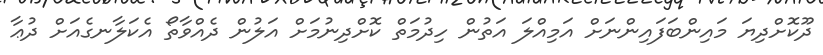
ދޫކޮށްދިޔަ މައިންބަފައިންނަށް އަމިއްލަ އަތުން ހިދުމަތް ކޮށްދިނުމަށް އަލުން ދެއްވާތޯ އެކަލާނގެއަށް ދުޢާ